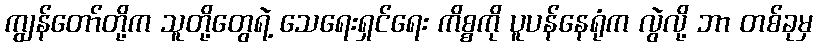
ကျွန်တော်တို့က သူတို့တွေရဲ့ သေရေးရှင်ရေး ကိစ္စကို ပူပန်နေရုံက လွဲလို့ ဘာ တစ်ခုမှ